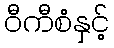
ဝီကီစံနှင့်